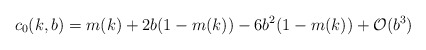
\begin{align*}c_0(k,b)=m(k)+2b(1-m(k))-6b^2(1-m(k))+\mathcal{O}(b^3)\end{align*}